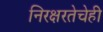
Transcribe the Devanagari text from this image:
निरक्षरतेचेही